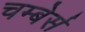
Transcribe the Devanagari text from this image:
चम्बेर्स